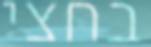
בחצי